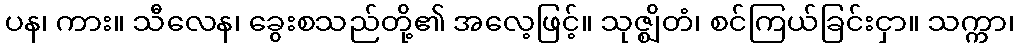
ပန၊ ကား။ သီလေန၊ ခွေးစသည်တို့၏ အလေ့ဖြင့်။ သုဇ္ဈိတံ၊ စင်ကြယ်ခြင်းငှာ။ သက္ကာ၊